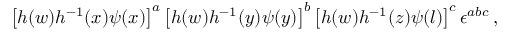
\left[ h ( w ) h ^ { - 1 } ( x ) \psi ( x ) \right] ^ { a } \left[ h ( w ) h ^ { - 1 } ( y ) \psi ( y ) \right] ^ { b } \left[ h ( w ) h ^ { - 1 } ( z ) \psi ( l ) \right] ^ { c } \epsilon ^ { a b c } \, ,